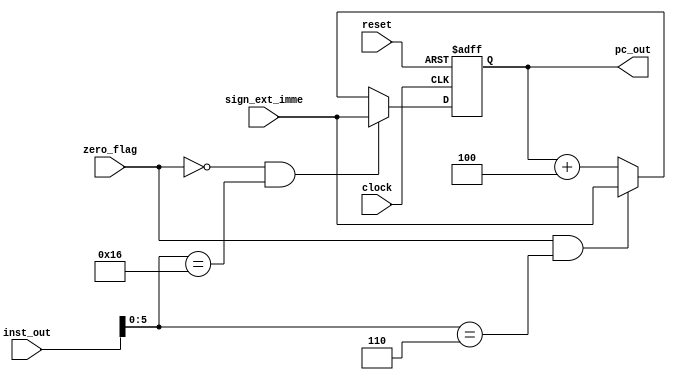
//Program Counter: pgm_cntr.v

`timescale 1ns/1ps
module pgm_cntr(pc_out, sign_ext_imme, inst_out, zero_flag, clock, reset);
output [31:0] pc_out;
input [31:0] sign_ext_imme;
input [31:0] inst_out;
input zero_flag, clock, reset;

reg [31:0] pc_out;


always@(posedge (clock) or posedge (reset))
 begin
   if(reset)
     begin
       pc_out <= 32'b0;
     end
   else
    begin
      //pc_out <= pc_out + 32'b100;
 
    if(zero_flag == 1'b0 && (inst_out[5:0] == 6'b010110)) // blt instruction   
      pc_out <= sign_ext_imme;
   else if(zero_flag == 1'b1 && (inst_out[5:0] == 6'b000110)) // br instruction
      pc_out <= sign_ext_imme; 
   //else if(zero_flag == 1'b0)
     else
      pc_out <= pc_out + 32'b100;
    end
 end
endmodule